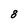
Character: 8